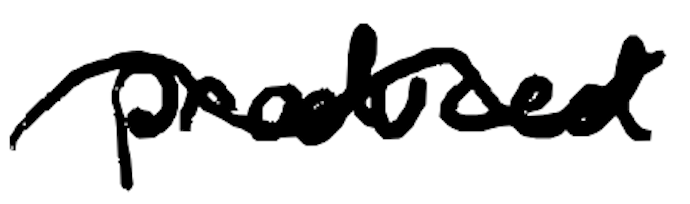
Text: produced
Cross-out: wave
Writing tool: digital_black